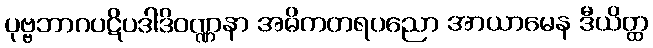
ပုဗ္ဗဘာဂပဋိပဒါဒိဝဏ္ဏနာ အဓိကတရပညော အာယာမေန ဒီယိတ္ထ